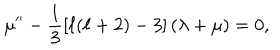
LaTeX: \mu ^ { \prime \prime } - \frac { 1 } { 3 } \left[ \ell ( \ell + 2 ) - 3 \right] \left( \lambda + \mu \right) = 0 ,